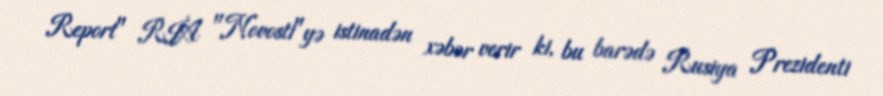
Report" RİA "Novosti"yə istinadən xəbər verir ki, bu barədə Rusiya Prezidenti